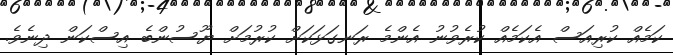
ކަމެއް ކުރިއަސް އެކަމެއް ކުރެވުނު އެންމެ ރަނގަޅަކަށް ކުރުމަށް ޔޫސުންބެ އިސްކަން ދިނެވެ.